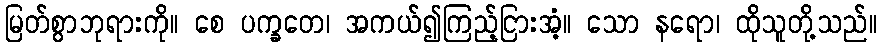
မြတ်စွာဘုရားကို။ စေ ပက္ခတေ၊ အကယ်၍ကြည့်ငြားအံ့။ သော နရော၊ ထိုသူတို့သည်။